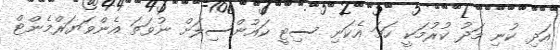
އަދި ކުނި މަދު ކުރުމަކީ ހަމަ އެކަނި ސިޓީ ކައުންސިލަށް ނުވަތަ އެންވަޔަރްމެންޓް